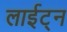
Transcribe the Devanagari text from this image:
लाईट्न